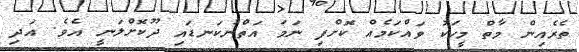
ތެރެއިން މާތް މީހަކު ވައްކަމެއް ކޮށްފި ނަމަ އަތްނުކަނޑައި ދޫކޮށްލަނީ އެވެ. އަދި